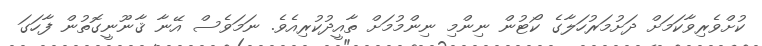
ކުށްވެރިވާކަމަށް ދަށުމަރުހަލާގެ ކޯޓުން ނިންމި ނިންމުމަށް ތާއީދުކުރިއެވެ. ނަމަވެސް އޭނާ ޤާނޫނީގޮތުން ފާހަގަ